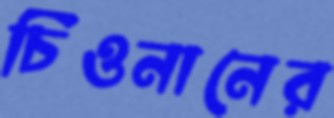
চিওনানের